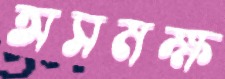
অসমক্ষ